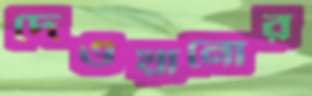
দেওয়ানোর